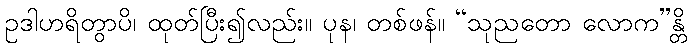
ဥဒါဟရိတွာပိ၊ ထုတ်ပြီး၍လည်း။ ပုန၊ တစ်ဖန်။ “သုညတော လောက”န္တိ